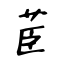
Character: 茞